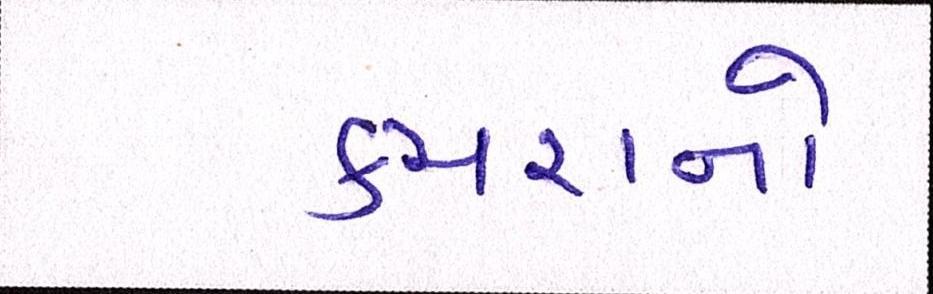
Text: કચરાનો